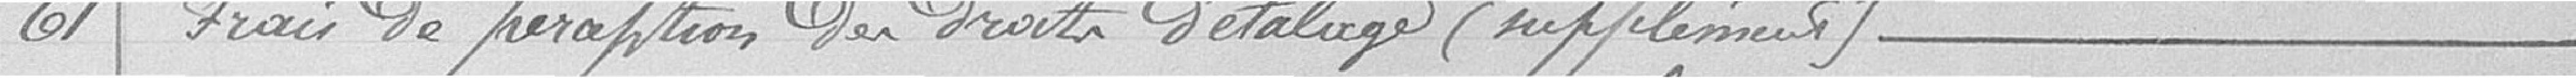
61 / Frais de perception des droits d'étalage (suppléments)